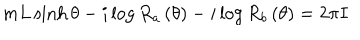
m L \sinh \theta - i \log R _ { a } \left( \theta \right) - i \log R _ { b } \left( \theta \right) = 2 \pi I